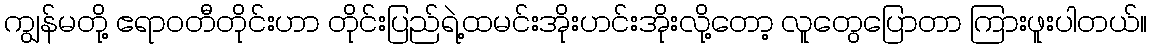
ကျွန်မတို့ ဧရာဝတီတိုင်းဟာ တိုင်းပြည်ရဲ့ထမင်းအိုးဟင်းအိုးလို့တော့ လူတွေပြောတာ ကြားဖူးပါတယ်။